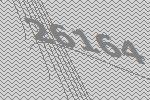
26164